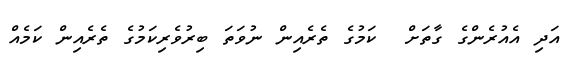
އަދި އެއުރެންގެ ގާތަށް  ކަމުގެ ތެރެއިން ނުވަތަ ބިރުވެރިކަމުގެ ތެރެއިން ކަމެއް